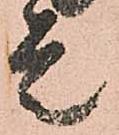
走